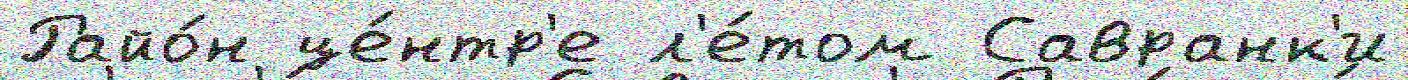
Райо́н це́нтр'е л'е́том Савранк'и